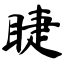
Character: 睫